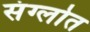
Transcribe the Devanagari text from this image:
संग्लोत